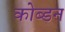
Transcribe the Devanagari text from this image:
कोब्डन